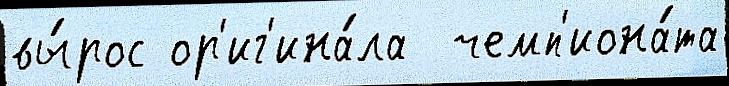
вы́рос ор'иг'ина́ла  чемп'иона́та